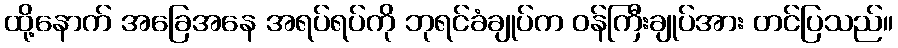
ထို့နောက် အခြေအနေ အရပ်ရပ်ကို ဘုရင်ခံချုပ်က ဝန်ကြီးချုပ်အား တင်ပြသည်။